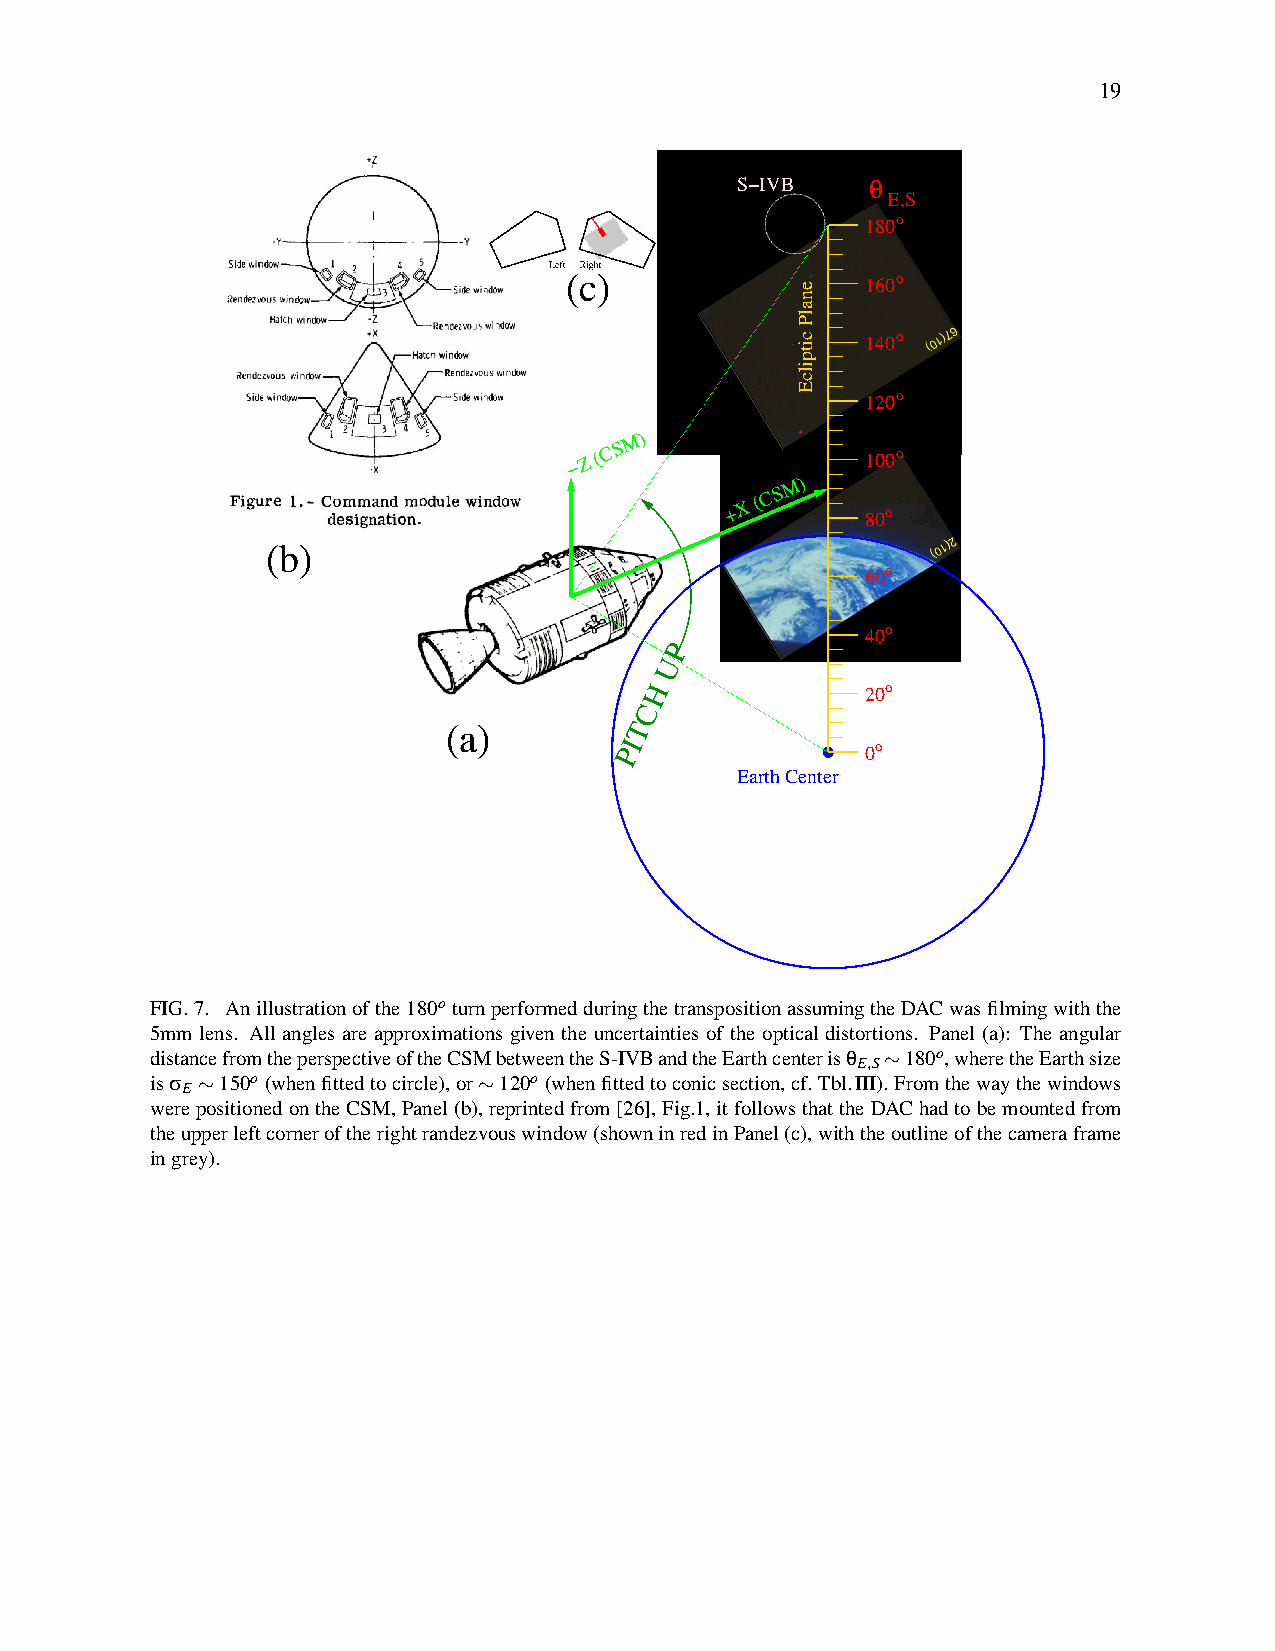
19
 S−IVB    θ
 E,S
 180o
 (c)                 160o
 140o
 120o
 M)
 − Z
 (C S              100o
 M)
 + X
 (C S
 80o
 (b)
 60o
 40o
 P
 U
 H             20o
 C
 (a)         T
 PI              0o
 Earth Center
 FIG.7. Anillustrationofthe180o turnperformedduringthetranspositionassumingtheDACwasfilmingwiththe
 5mm lens. All angles are approximations given the uncertainties of the optical distortions. Panel (a): The angular
 distancefromtheperspectiveoftheCSMbetweentheS-IVBandtheEarthcenterisθ ∼180o,wheretheEarthsize
 E,S
 isσ ∼150o (whenfittedtocircle),or∼120o (whenfittedtoconicsection,cf.Tbl.III).Fromthewaythewindows
 E
 werepositionedontheCSM,Panel(b),reprintedfrom[26],Fig.1,itfollowsthattheDAChadtobemountedfrom
 theupperleftcorneroftherightrandezvouswindow(showninredinPanel(c),withtheoutlineofthecameraframe
 ingrey).
 enalP
 citpilcE